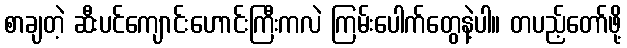
စာချတဲ့ ဆီးပင်ကျောင်းဟောင်းကြီးကလဲ ကြမ်းပေါက်တွေနဲ့ပါ။ တပည့်တော်ဖို့